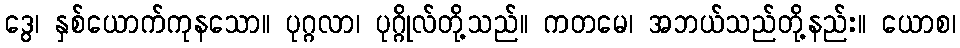
ဒွေ၊ နှစ်ယောက်ကုနသော။ ပုဂ္ဂလာ၊ ပုဂ္ဂိုလ်တို့သည်။ ကတမေ၊ အဘယ်သည်တို့နည်း။ ယောစ၊